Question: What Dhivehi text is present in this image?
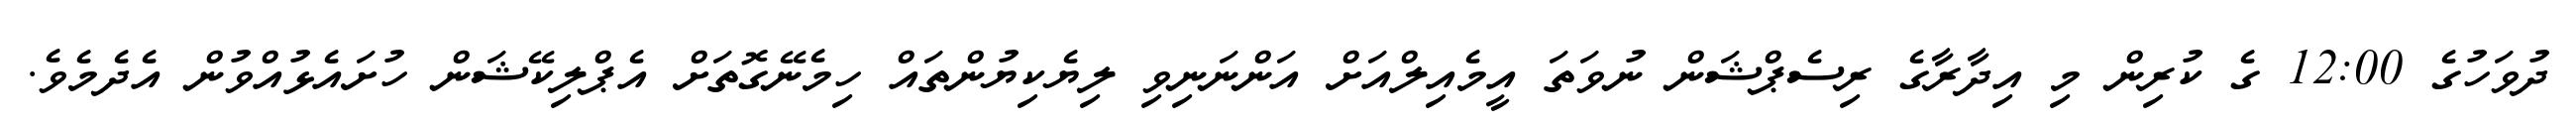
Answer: ދުވަހުގެ 12:00 ގެ ކުރިން މި އިދާރާގެ ރިސެޕްޝަން ނުވަތަ އީމެއިލްއަށް އަންނަނިވި ލިޔެކިޔުންތައް ހިމެނޭގޮތަށް އެޕްލިކޭޝަން ހުށައެޅުއްވުން އެދެމެވެ.